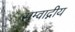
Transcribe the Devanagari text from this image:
सम्वाद्नीय